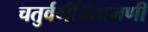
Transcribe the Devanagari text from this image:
चतुर्वर्गचिंतामणी